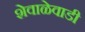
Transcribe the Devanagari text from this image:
शेवाळेवाडी